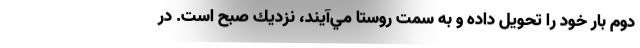
دوم بار خود را تحويل داده و به سمت روستا مي‌آيند، نزديك صبح است. در